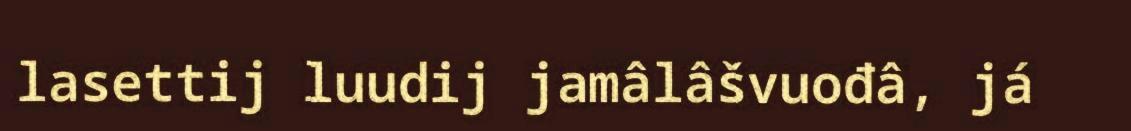
lasettij luudij jamâlâšvuođâ, já